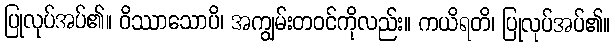
ပြုလုပ်အပ်၏။ ဝိဿာသောပိ၊ အကျွမ်းတဝင်ကိုလည်း။ ကယိရတိ၊ ပြုလုပ်အပ်၏။